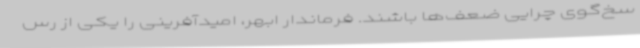
سخ‌گوی چرایی ضعف‌ها باشند. فرماندار ابهر، امیدآفرینی را یکی از رس